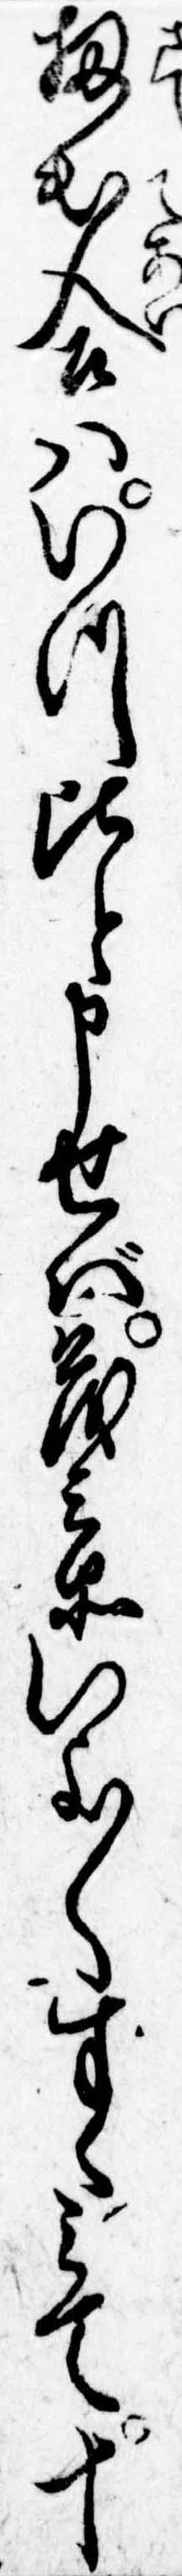
扨出合はいつ比と申せば茂兵衛いよ〱すゝみて十